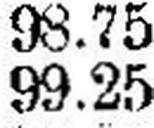
99.25